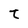
Character: t